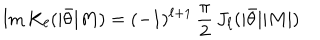
\mathrm { I m } \, K _ { \ell } ( | \bar { \theta } | M ) = ( - 1 ) ^ { \ell + 1 } \, { \frac { \pi } { 2 } } \, J _ { \ell } ( | \bar { \theta } | | M | )